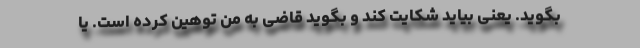
بگوید. یعنی بیاید شکایت کند و بگوید قاضی به من توهین کرده است. یا